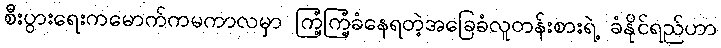
စီးပွားရေးကမောက်ကမကာလမှာ ကြံ့ကြံ့ခံနေရတဲ့အခြေခံလူတန်းစားရဲ့ ခံနိုင်ရည်ဟာ